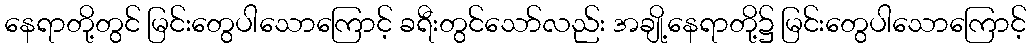
နေရာတို့တွင် မြင်းတွေပါသောကြောင့် ခရီးတွင်သော်လည်း အချို့နေရာတို့၌ မြင်းတွေပါသောကြောင့်